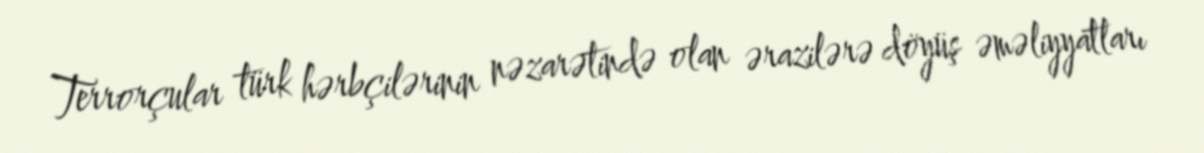
Terrorçular türk hərbçilərinin nəzarətində olan ərazilərə döyüş əməliyyatları